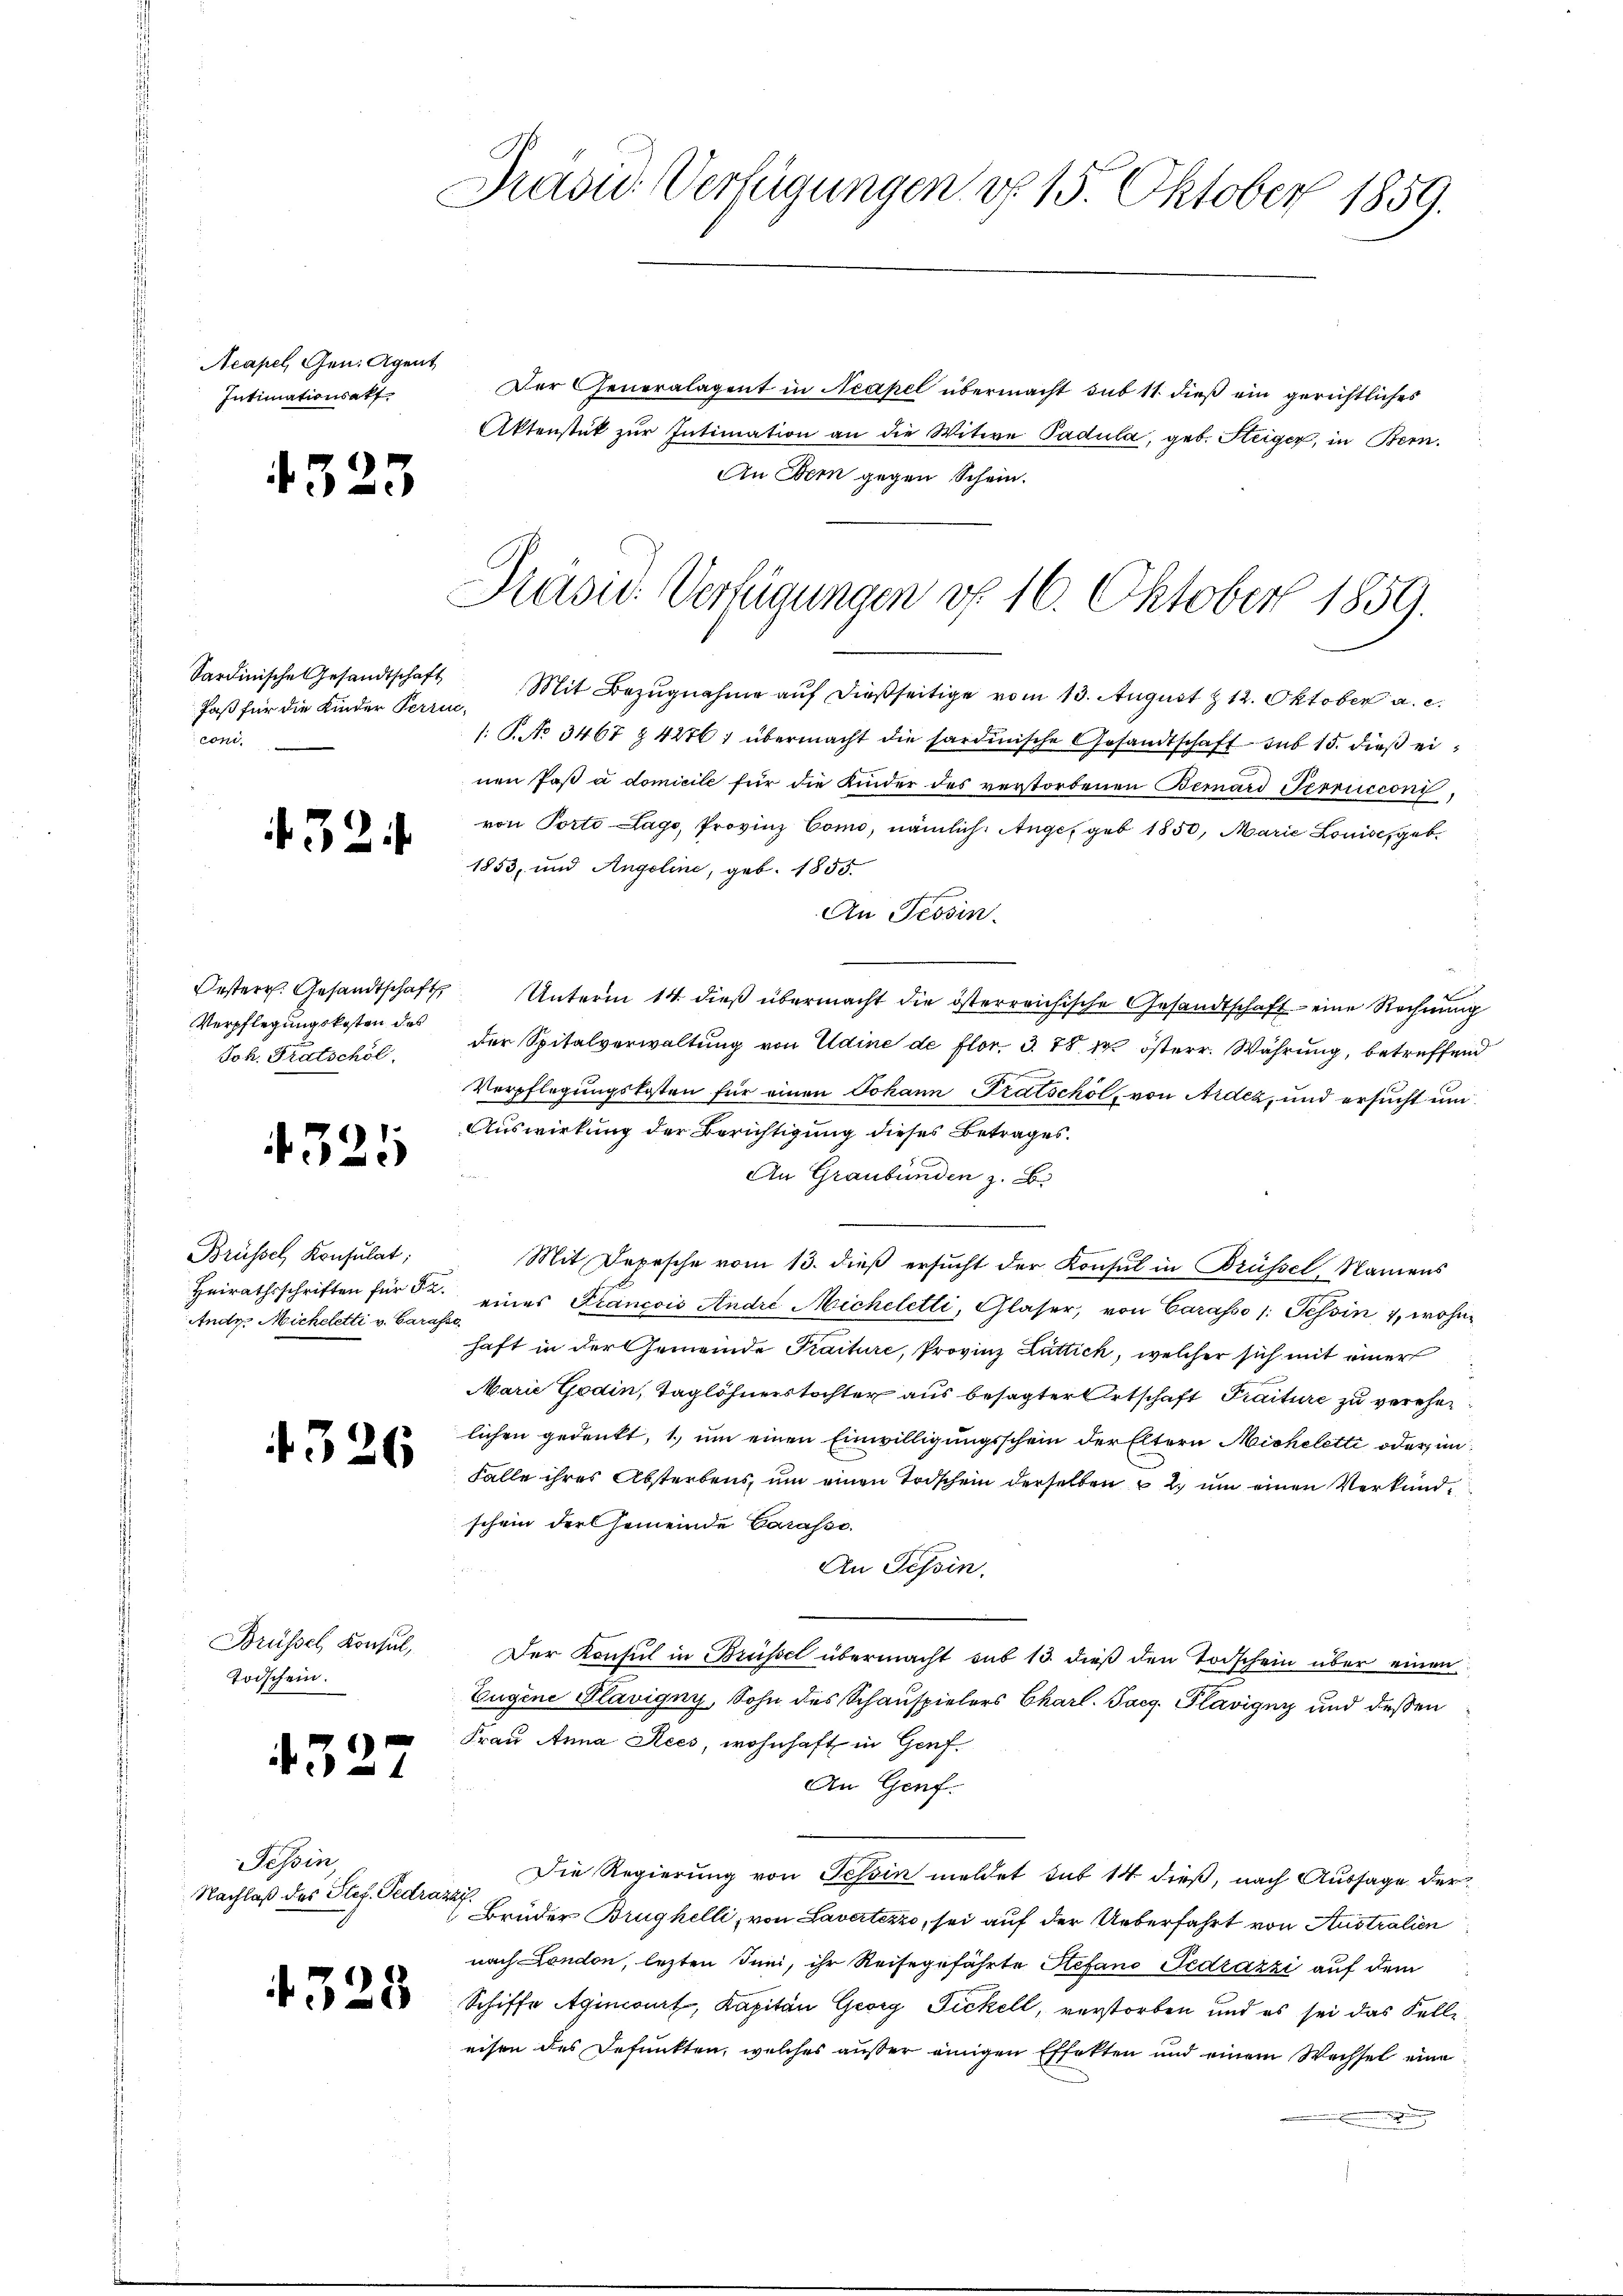
Neapel, Gen. Agent
Intimationsatt

4523

Jaß für die Kinder Perrin,
con

324

Verpflegungskosten des
Joh. Fratschöl

)
x

Brüssel, Konsulat;
Andy. Micheletti v. Carasse

326

Brüssel, Konsul,
Todschein.

4327

Tessin,
Nachlaß des Stef. Pedrazzi.

Pradu Verfügungen v. 15. Oktober 1859.

Prasie-Verfügungen v. 16. Oktober 1859.
.

Der Generalagent in Neapel übermacht sub 11 dieß ein gerichtliches
Aktenstät zur Intimation an die Witwe Padula, geb. Steiger, in Bern.
An Dem gegen Schein.

Sardinische Gesandtschaft Mit Bezŭgnahme aŭf dießseitige vom 13. August 12. Oktober a. c.
/. P. No 3467 § 4276: übermacht die sardinische Gesandtschaft sub 15. dieß einen Paß à domicile für die Kinder des verstorbenen Bernard Perrucconi,
von Porto Lago, Provinz Como, nämlich. Auge, geb. 1850, Marie Louise, geb.
1853, und Angeline, geb. 1855
An Tessin.
Oesterr. Gesandtschaft Unterm 14. dieß übermacht die österreichische Gesandtschaft eine Rechnung
der Spitalverwaltung von Edine de flor. 3. 78 f. österr. Währung, betreffend
Verpflegungskosten für einen Johann Tratschöl, von Ardez, und ersucht um
Auswirkung der Berichtigung dieses Betrages.
An Graubünden z. B.
Mit Depesche vom 13. dieβ ersŭcht der Konsul in Brüssel, Namens
Heirathsschriften für da eines Plancois André Micheletti, Glaser, von Carasso 1: Tessin 7, wohnhaft in der Gemeinde Praiture, Provinz Luttich, welcher sich mit einer
Marie Godin, Taglöhnerstochter aus besagter Ortschaft Praiture zu verehen.
lichen gedenkt, 1, um einen Einwilligungsschein der Eltern Micheletti oder im
Falle ihres Absterbens, um einen Todschein derselben 2. um einen Verkundschein der Gemeinde Carasse
An Tessin.
Der Konsul in Brüssel übermacht sub 13. dieß den Todschein über einen
Eugene Plavigny, Sohn des Schauspielers Charl. Tag. Plavigny und deßen
Frau Anna Sees, wohnhaft in Genf.
An Genf.
Die Regierung von Tessin meldet sub 14 dieß, nach Aussage der¬
Brüder Brüghelli, von Lavertezzo, sei auf der Ueberfahrt von Australien
nach London, lezten Juni, ihr Reisegefährte Stefano Pedrazzi auf dem
  Schiffe Aginwurf, Kapitän Georg Fickell, verstorben und es sei das Felle
eisen des Defunkten, welches außer einigen Effekten und einem Wechsel eine